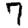
Digit: 7